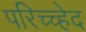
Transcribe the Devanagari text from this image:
परिच्च्हेद